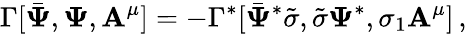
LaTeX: \Gamma[\bar{{\mathbf\Psi}},{\mathbf\Psi},{\mathbf A^{\mu}}]=-\Gamma^{*}[\bar{{\mathbf\Psi}}^{*}\tilde{\sigma},\tilde{\sigma}{\mathbf\Psi}^{*},\sigma_{1}{\mathbf A^{\mu}}]\, ,